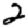
Digit: 2